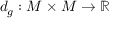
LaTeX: d _ { g } : M \times M \to \mathbb { R }